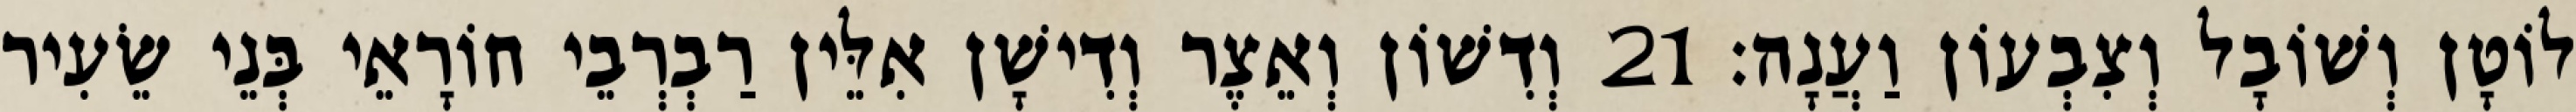
לוֹטָן וְשׁוֹבָל וְצִבְעוֹן וַעֲנָה׃ 21 וְדִשׁוֹן וְאֵצֶר וְדִישָׁן אִלֵּין רַבְרְבֵי חוֹרָאֵי בְּנֵי שֵׂעִיר